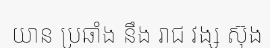
យាន ប្រឆាំង នឹង រាជ វង្ស ស៊ុង